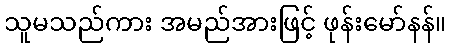
သူမသည်ကား အမည်အားဖြင့် ဖုန်းမော်နန်။